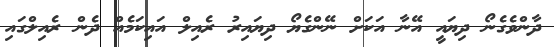
ދާންވެގެނޯ ދިޔައީ އޭނާ އަަކަށް ނޭންގެޔޯ ދިޔައިރު ރެއިލް އައިކަމެއް ދެން ރެއިލްގައި